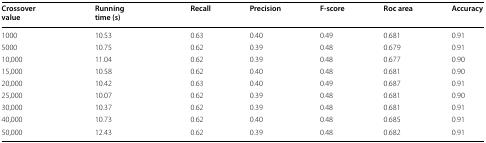
<table><thead><tr><td><b>Crossover value</b></td><td><b>Running time (s)</b></td><td><b>Recall</b></td><td><b>Precision</b></td><td><b>F-score</b></td><td><b>Roc area</b></td><td><b>Accuracy</b></td></tr></thead><tbody><tr><td>1000</td><td>10.53</td><td>0.63</td><td>0.40</td><td>0.49</td><td>0.681</td><td>0.91</td></tr><tr><td>5000</td><td>10.75</td><td>0.62</td><td>0.39</td><td>0.48</td><td>0.679</td><td>0.91</td></tr><tr><td>10,000</td><td>11.04</td><td>0.62</td><td>0.39</td><td>0.48</td><td>0.677</td><td>0.90</td></tr><tr><td>15,000</td><td>10.58</td><td>0.62</td><td>0.40</td><td>0.48</td><td>0.681</td><td>0.90</td></tr><tr><td>20,000</td><td>10.42</td><td>0.63</td><td>0.40</td><td>0.49</td><td>0.687</td><td>0.91</td></tr><tr><td>25,000</td><td>10.07</td><td>0.62</td><td>0.39</td><td>0.48</td><td>0.681</td><td>0.90</td></tr><tr><td>30,000</td><td>10.37</td><td>0.62</td><td>0.39</td><td>0.48</td><td>0.681</td><td>0.91</td></tr><tr><td>40,000</td><td>10.73</td><td>0.62</td><td>0.40</td><td>0.48</td><td>0.685</td><td>0.91</td></tr><tr><td>50,000</td><td>12.43</td><td>0.62</td><td>0.39</td><td>0.48</td><td>0.682</td><td>0.91</td></tr></tbody></table>